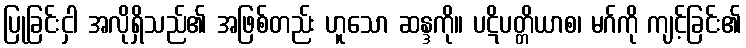
ပြုခြင်းငှါ အလိုရှိသည်၏ အဖြစ်တည်း ဟူသော ဆန္ဒကို။ ပဋိပတ္တိယာစ၊ မဂ်ကို ကျင့်ခြင်း၏